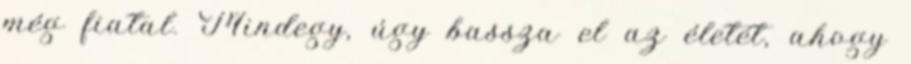
még fiatal. Mindegy, úgy bassza el az életét, ahogy